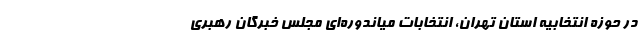
در حوزه انتخابیه استان تهران، انتخابات میاندوره‌ای مجلس خبرگان رهبری